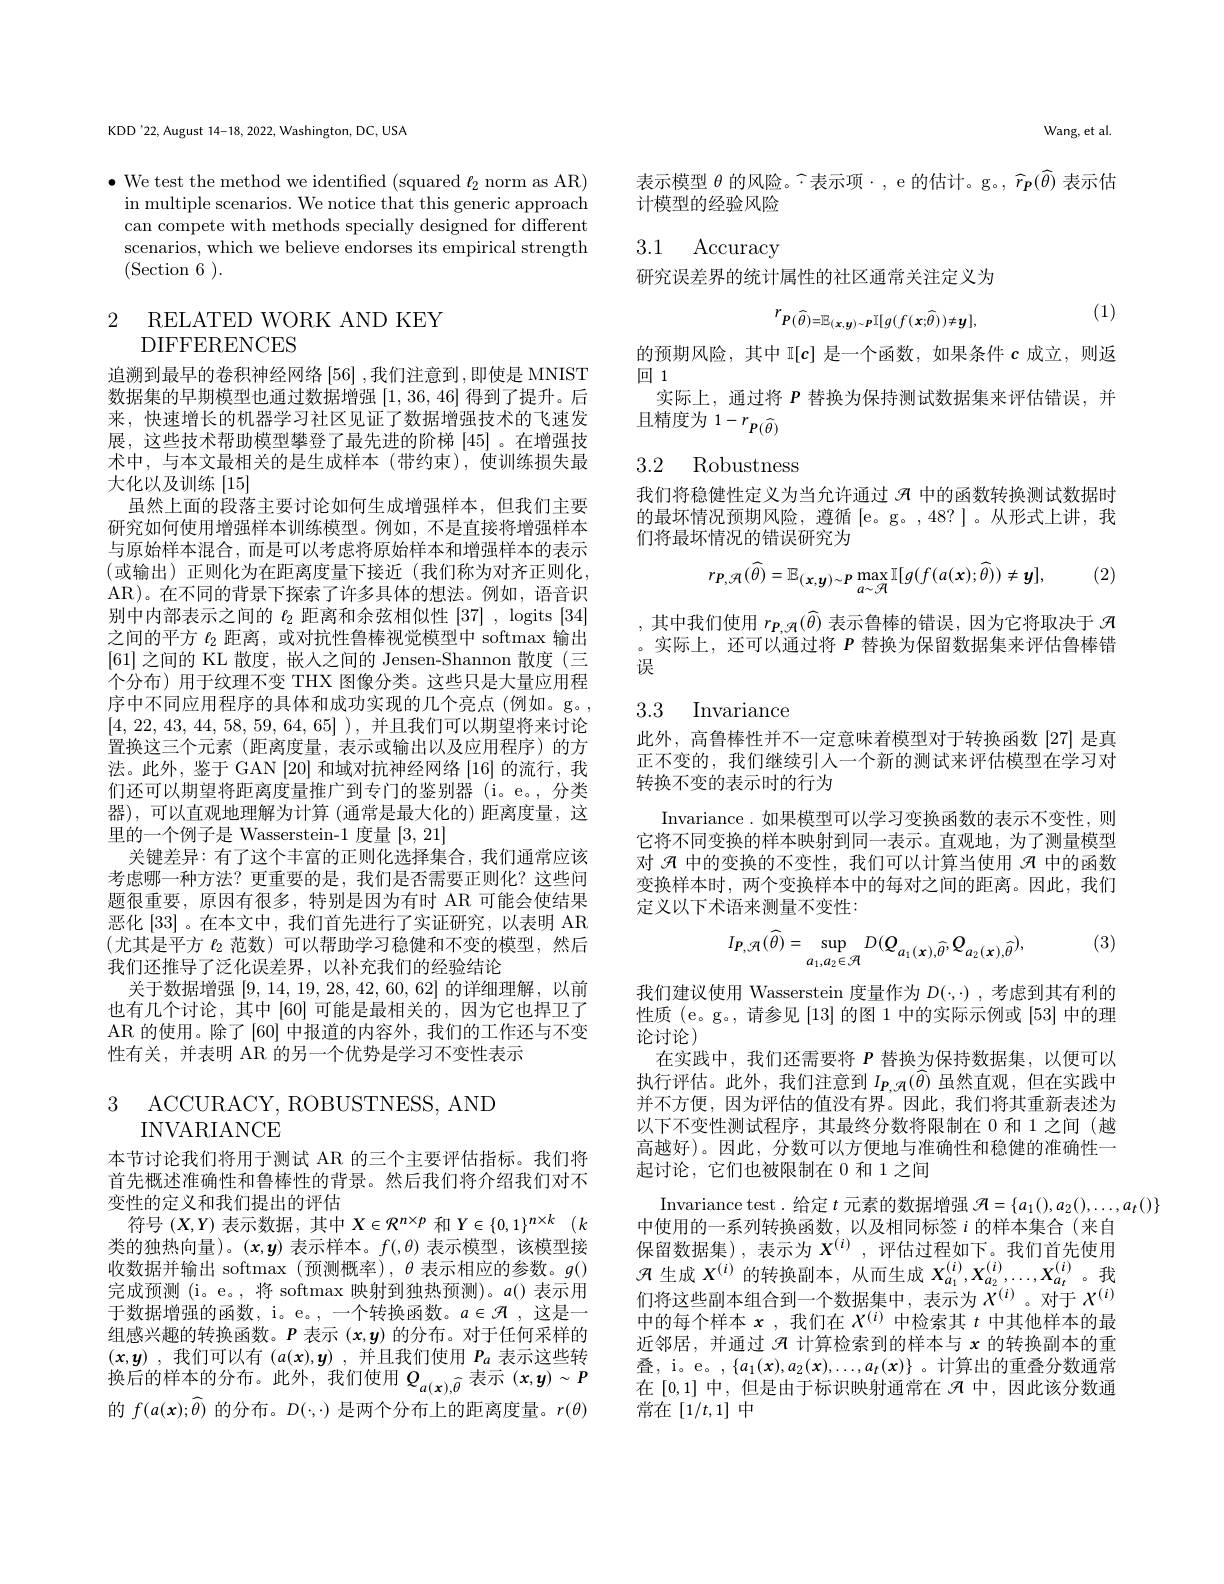
KDD'22, August 14-18, 2022, Washington, DC, USA

$\bullet$ We test the method we identified (squared $\ell_2$ norm as AR) in multiple scenarios. We notice that this generic approach can compete with methods specially designed for different scenarios, which we believe endorses its empirical strength (Section 6).

2 RELATED WORK AND KEY

DIFFERENCES

追溯到最早的卷积神经网络 [56],我们注意到，即使是 MNIST 数据集的早期模型也通过数据增强[1,36,46]得到了提升。后来，快速增长的机器学习社区见证了数据增强技术的飞速发展，这些技术帮助模型攀登了最先进的阶梯[45] 。在增强技术中，与本文最相关的是生成样本(带约束),使训练损失最大化以及训练[15]
虽然上面的段落主要讨论如何生成增强样本，但我们主要研究如何使用增强样本训练模型。例如，不是直接将增强样本与原始样本混合，而是可以考虑将原始样本和增强样本的表示(或输出)正则化为在距离度量下接近(我们称为对齐正则化， AR)。在不同的背景下探索了许多具体的想法。例如，语音识别中内部表示之间的$\ell_2$距离和余弦相似性[37], logits [34] 之间的平方$\ell_2$距离，或对抗性鲁棒视觉模型中 softmax 输出[61]之间的 KL 散度，嵌人之间的 Jensen-Shannon 散度(三个分布)用于纹理不变 THX 图像分类。这些只是大量应用程序中不同应用程序的具体和成功实现的几个亮点(例如。g。$\begin{aligned}[4,22,\:43,\:44,\:58,\:59,\:64,\:65]\:),\:\text{并且我们可以期望将来讨论}\end{aligned}$ 置换这三个元素 (距离度量，表示或输出以及应用程序)的方法。此外，鉴于 GAN [20] 和域对抗神经网络 [16] 的流行，我们还可以期望将距离度量推广到专门的鉴别器(i。e。,分类器),可以直观地理解为计算(通常是最大化的) 距离度量，这里的一个例子是 Wasserstein-1 度量[3,21]
关键差异：有了这个丰富的正则化选择集合，我们通常应该考虑哪一种方法？更重要的是，我们是否需要正则化？这些间题很重要，原因有很多，特别是因为有时 AR 可能会使结果恶化[33] 。在本文中，我们首先进行了实证研究，以表明 AR (尤其是平方 $\ell_2$ 范数)可以帮助学习稳健和不变的模型，然后我们还推导了泛化误差界，以补充我们的经验结论
关于数据增强[9,14,19,28,42,60,62]的详细理解，以前也有几个讨论，其中 [60] 可能是最相关的，因为它也捍卫了AR 的使用。除了 [60] 中报道的内容外，我们的工作还与不变性有关，并表明 AR 的另一个优势是学习不变性表示

3 ACCURACY, ROBUSTNESS, AND

INVARIANCE
本节讨论我们将用于测试 AR 的三个主要评估指标。我们将首先概述准确性和鲁棒性的背景。然后我们将介绍我们对不变性的定义和我们提出的评估
符号$(X,Y)$表示数据 ,其中$X\in\mathcal{R}^n\times p$和$Y\in \{ 0, 1\} ^n\times k$ $( k$ 类的独热向量)。$(x,y)$表示样本。$f(,\theta)$表示模型，该模型接收数据并输出 softmax (预测概率), $\theta$表示相应的参数。$g()$ 完成预测 (i。e。,将 softmax 映射到独热预测)。$a$()表示用于数据增强的函数，i。e。,一个转换函数。$a\in\mathcal{H}$,这是一组感兴趣的转换函数。$P$表示$(x,y)$的分布。对于任何采样的$(x,y)$ ,我们可以有$(a(x),y)$ ,并且我们使用$P_a$表示这些转换后的样本的分布。此外，我们使用$Q_a(\mathbf{x}),\widehat{\theta}$表示 $(\boldsymbol x,\boldsymbol y)\sim P$ 的$f(a(\boldsymbol{x});\widehat{\theta})$的分布。$D(\cdot,\cdot)$是两个分布上的距离度量。$r(\theta)$

Wang, et al.

表示模型 $\theta$ 的风险。$\widehat{\cdot}$表示项$\cdot$, e 的估计。g。$,\widehat{r}_{\boldsymbol{p}}(\widehat{\theta})$ 表示估
计模型的经验风险

3.1 Accuracy

研究误差界的统计属性的社区通常关注定义为

(1)
$$r_{P(\widehat{\theta})=\mathbb{E}_{(x,y)\sim P}\mathbb{I}[g(f(x;\widehat{\theta}))\neq y],}$$
的预期风险，其中 I$[c]$是一个函数，如果条件$c$成立，则返
回1
实际上，通过将$P$替换为保持测试数据集来评估错误，并
${\overset{(1-1)}{\operatorname*{\operatorname*{且精度为}}}},{\overset{(1-1)}{\operatorname*{\operatorname*{\longrightarrow}}}}$

## 3.2 Robustness

我们将稳健性定义为当允许通过$\mathcal{R}$中的函数转换测试数据时的最坏情况预期风险，遵循[e。g。,48?]。从形式上讲，我们将最坏情况的错误研究为

(2)
$$r_{P,\mathcal{A}}(\widehat{\theta})=\mathbb{E}_{(x,y)\sim P}\max_{a\sim\mathcal{A}}\mathbb{I}[g(f(a(x);\widehat{\theta}))\neq y],$$
,其中我们使用$r_{P,\mathcal{H}}(\widehat{\theta})$表示鲁棒的错误，因为它将取决于$\mathcal{R}$ 。实际上，还可以通过将$P$替换为保留数据集来评估鲁棒错误

## 3.3 Invariance

此外，高鲁棒性并不一定意味着模型对于转换函数[27]是真正不变的，我们继续引人一个新的测试来评估模型在学习对转换不变的表示时的行为

Invariance.如果模型可以学习变换函数的表示不变性，则它将不同变换的样本映射到同一表示。直观地，为了测量模型对$\mathcal{A}$中的变换的不变性，我们可以计算当使用$\mathcal{A}$中的函数变换样本时，两个变换样本中的每对之间的距离。因此，我们定义以下术语来测量不变性：

(3)
$$I_{P,\mathcal{A}}(\widehat{\theta})=\sup_{a_{1},a_{2}\in\mathcal{A}}D(Q_{a_{1}(x),\widehat{\theta}},Q_{a_{2}(x),\widehat{\theta}}),$$
我们建议使用 Wasserstein 度量作为$D(\cdot,\cdot)$ ,考虑到其有利的性质 (e。g。, 请参见[13]的图 1 中的实际示例或[53]中的理论讨论)
在实践中，我们还需要将$P$替换为保持数据集，以便可以执行评估。此外，我们注意到$I_{\boldsymbol{P},\mathcal{H}}(\widehat{\theta})$虽然直观，但在实践中并不方便，因为评估的值没有界。因此，我们将其重新表述为以下不变性测试程序，其最终分数将限制在 0 和 1 之间 (越高越好)。因此，分数可以方便地与准确性和稳健的准确性一起讨论，它们也被限制在 0 和 1 之间
Invariance test. 给定$t$元素的数据增强$\mathcal{H}=\{a_1(),a_2(),\ldots,a_t()\}$
中使用的一系列转换函数，以及相同标签$i$ 的样本集合(来自) 保留数据集),表示为$X^{(i)}$,评估过程如下。我们首先使用$\mathcal{R}$生成$X^(i)$的转换副本，从而生成$X_a_1^{(i)},X_{a_2}^{(i)},\ldots,X_{a_t}^{(i)}$。我们将这些副本组合到一个数据集中，表示为$X^{(i)}$。对于$X^{(i)}$ 中的每个样本$x$,我们在$X^{(i)}$中检索其$t$中其他样本的最近邻居，并通过$\mathcal{A}$计算检索到的样本与$x$的转换副本的重叠，i。e。, $\{a_1(\boldsymbol{x}),a_2(\boldsymbol{x}),\ldots,a_t(\boldsymbol{x})\}$。计算出的重叠分数通常在[0,1]中，但是由于标识映射通常在$\mathcal{H}$中，因此该分数通常在$[1/t,1]$中